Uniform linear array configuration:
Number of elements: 64
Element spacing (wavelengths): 0.5
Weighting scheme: blackman
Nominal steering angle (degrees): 45
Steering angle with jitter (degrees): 45.947
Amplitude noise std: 0.05
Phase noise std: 0.05

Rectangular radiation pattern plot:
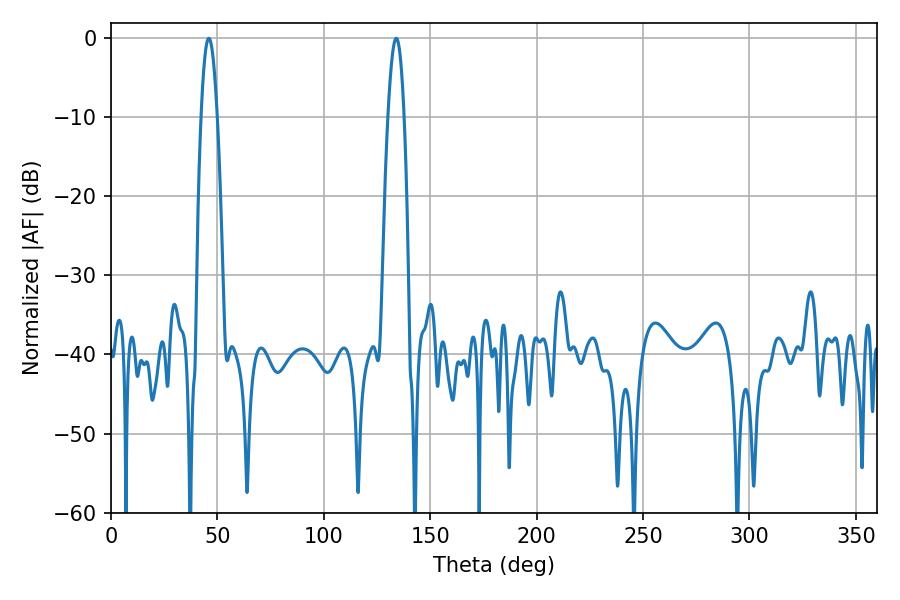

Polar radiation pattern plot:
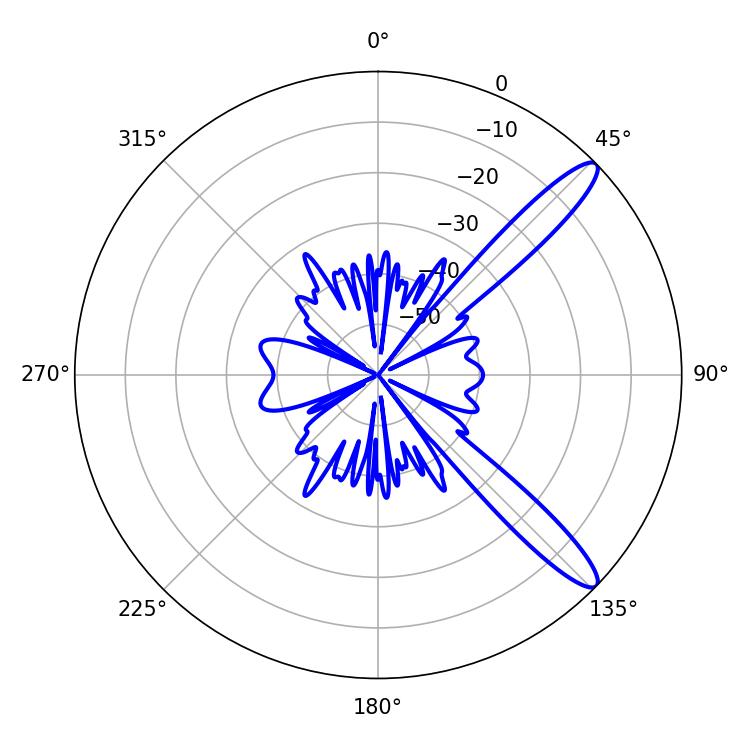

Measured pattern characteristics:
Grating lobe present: FALSE
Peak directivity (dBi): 12.455
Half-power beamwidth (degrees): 4.14
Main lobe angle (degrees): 45.9